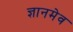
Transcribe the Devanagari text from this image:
ज्ञानमेव